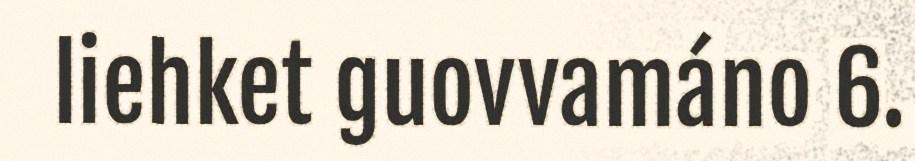
liehket guovvamáno 6.